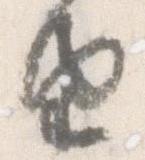
由